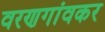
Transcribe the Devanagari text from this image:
वरणगांवकर